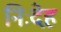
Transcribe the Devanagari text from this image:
निःदेह